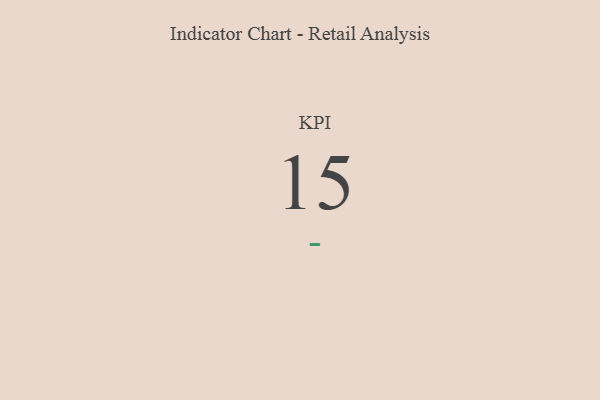
{"axis": {"x": "KPI", "y": "Value"}, "legend": [""], "data": [{"x": "KPI", "y": 15, "type": ""}]}